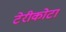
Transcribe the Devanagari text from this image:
टेरीकोटा